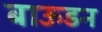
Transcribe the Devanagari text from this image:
बाऊडन